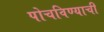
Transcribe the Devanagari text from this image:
पोचविण्याची